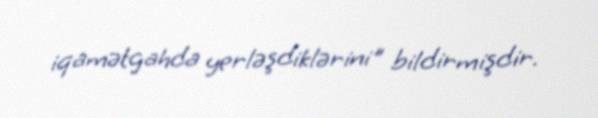
iqamətgahda yerləşdiklərini" bildirmişdir.